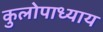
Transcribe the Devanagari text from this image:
कुलोपाध्याय